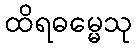
ထိရဓမ္မေသု